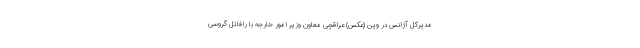
مدیرکل آژانس در وین (عکس) عراقچی معاون وزیر امور خارجه با رافائل گروسی